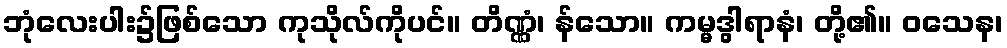
ဘုံလေးပါး၌ဖြစ်သော ကုသိုလ်ကိုပင်။ တိဏ္ဏံ၊ န်သော။ ကမ္မဒွါရာနံ၊ တို့၏။ ဝသေန၊